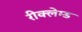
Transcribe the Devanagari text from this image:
रीक्लेम्ड